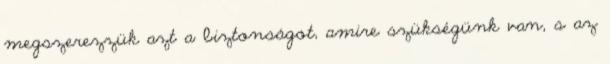
megszerezzük azt a biztonságot, amire szükségünk van, s az